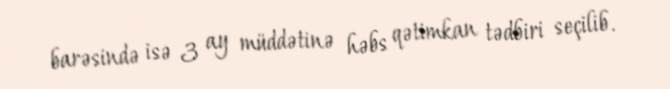
barəsində isə 3 ay müddətinə həbs qətimkan tədbiri seçilib.